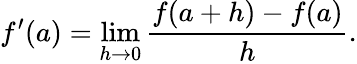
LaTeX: f^{\prime}(a)=\operatorname*{lim}_{h\to 0}{\frac{f(a+h)-f(a)}{h}}.